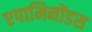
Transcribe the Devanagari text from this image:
एपामिनोंडस